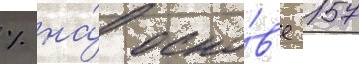
% на́ осно́в'е 157